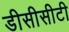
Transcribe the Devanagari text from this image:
डीसीसीटी